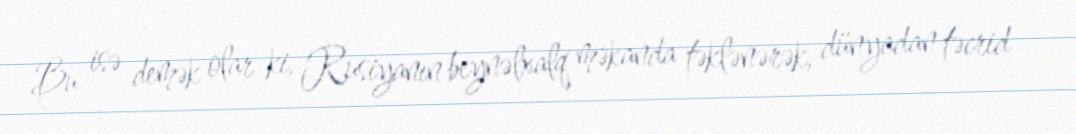
Bu isə demək olar ki, Rusiyanın beynəlxalq məkanda təklənərək, dünyadan təcrid